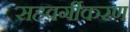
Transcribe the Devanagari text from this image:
सहवर्गीकरण